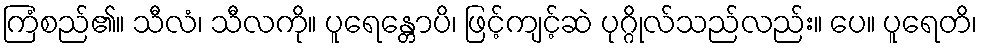
ကြံစည်၏။ သီလံ၊ သီလကို။ ပူရေန္တောပိ၊ ဖြင့်ကျင့်ဆဲ ပုဂ္ဂိုလ်သည်လည်း။ ပေ။ ပူရေတိ၊